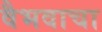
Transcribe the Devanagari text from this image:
वैभवाचा